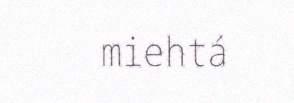
miehtá